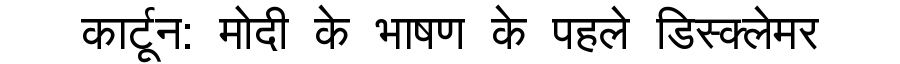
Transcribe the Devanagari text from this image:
कार्टून: मोदी के भाषण के पहले डिस्क्लेमर